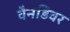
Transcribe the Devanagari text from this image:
वैनडिवर